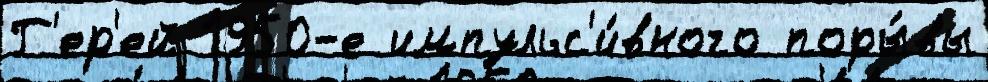
Г'ер'ей 1950-е импульс'и́вного поры́вы